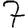
Digit: 7